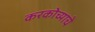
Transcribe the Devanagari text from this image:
करकोच्याचे